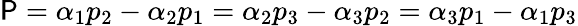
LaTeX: \mathsf{P}=\alpha_{1}p_{2}-\alpha_{2}p_{1}=\alpha_{2}p_{3}-\alpha_{3}p_{2}=\alpha_{3}p_{1}-\alpha_{1}p_{3}